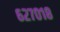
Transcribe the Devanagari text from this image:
६२७०१८